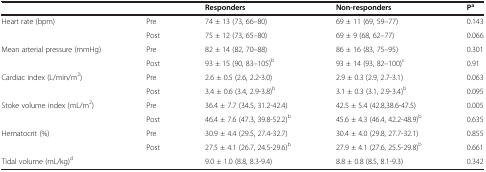
<table><thead><tr><td><b> </b></td><td><b> </b></td><td><b>Responders</b></td><td><b>Non-responders</b></td><td><b>P<sup>a</sup></b></td></tr></thead><tbody><tr><td>Heart rate (bpm)</td><td>Pre</td><td>74 ± 13 (73, 66–80)</td><td>69 ± 11 (69, 59–77)</td><td>0.143</td></tr><tr><td> </td><td>Post</td><td>75 ± 12 (73, 65–80)</td><td>69 ± 9 (68, 62–77)</td><td>0.066</td></tr><tr><td>Mean arterial pressure (mmHg)</td><td>Pre</td><td>82 ± 14 (82, 70–88)</td><td>86 ± 16 (83, 75–95)</td><td>0.301</td></tr><tr><td> </td><td>Post</td><td>93 ± 15 (90, 83–105)<sup>b</sup></td><td>93 ± 14 (93, 82–100)<sup>c</sup></td><td>0.91</td></tr><tr><td>Cardiac index (L/min/m<sup>2</sup>)</td><td>Pre</td><td>2.6 ± 0.5 (2.6, 2.2-3.0)</td><td>2.9 ± 0.3 (2.9, 2.7-3.1)</td><td>0.063</td></tr><tr><td> </td><td>Post</td><td>3.4 ± 0.6 (3.4, 2.9-3.8)<sup>b</sup></td><td>3.1 ± 0.3 (3.1, 2.9-3.4)<sup>b</sup></td><td>0.095</td></tr><tr><td>Stoke volume index (mL/m<sup>2</sup>)</td><td>Pre</td><td>36.4 ± 7.7 (34.5, 31.2-42.4)</td><td>42.5 ± 5.4 (42.8,38.6-47.5)</td><td>0.005</td></tr><tr><td> </td><td>Post</td><td>46.4 ± 7.6 (47.3, 39.8-52.2)<sup>b</sup></td><td>45.6 ± 4.3 (46.4, 42.2-48.9)<sup>b</sup></td><td>0.635</td></tr><tr><td>Hematocrit (%)</td><td>Pre</td><td>30.9 ± 4.4 (29.5, 27.4-32.7)</td><td>30.4 ± 4.0 (29.8, 27.7-32.1)</td><td>0.855</td></tr><tr><td> </td><td>Post</td><td>27.5 ± 4.1 (26.7, 24.5-29.6)<sup>b</sup></td><td>27.9 ± 4.1 (27.6, 25.5-29.8)<sup>b</sup></td><td>0.661</td></tr><tr><td>Tidal volume (mL/kg)<sup>d</sup></td><td> </td><td>9.0 ± 1.0 (8.8, 8.3-9.4)</td><td>8.8 ± 0.8 (8.5, 8.1-9.3)</td><td>0.342</td></tr></tbody></table>